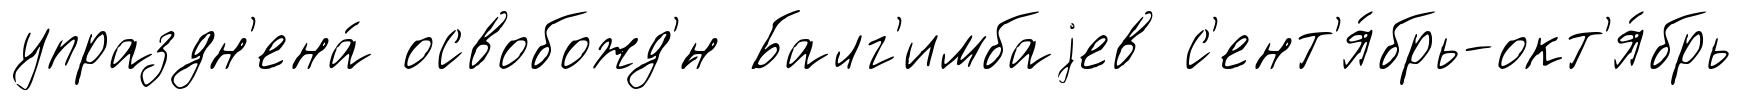
упраздн'ена́ освобожд'́н Балг'имбаjев с'ент'я́брь-окт'я́брь